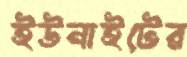
ইউনাইটের